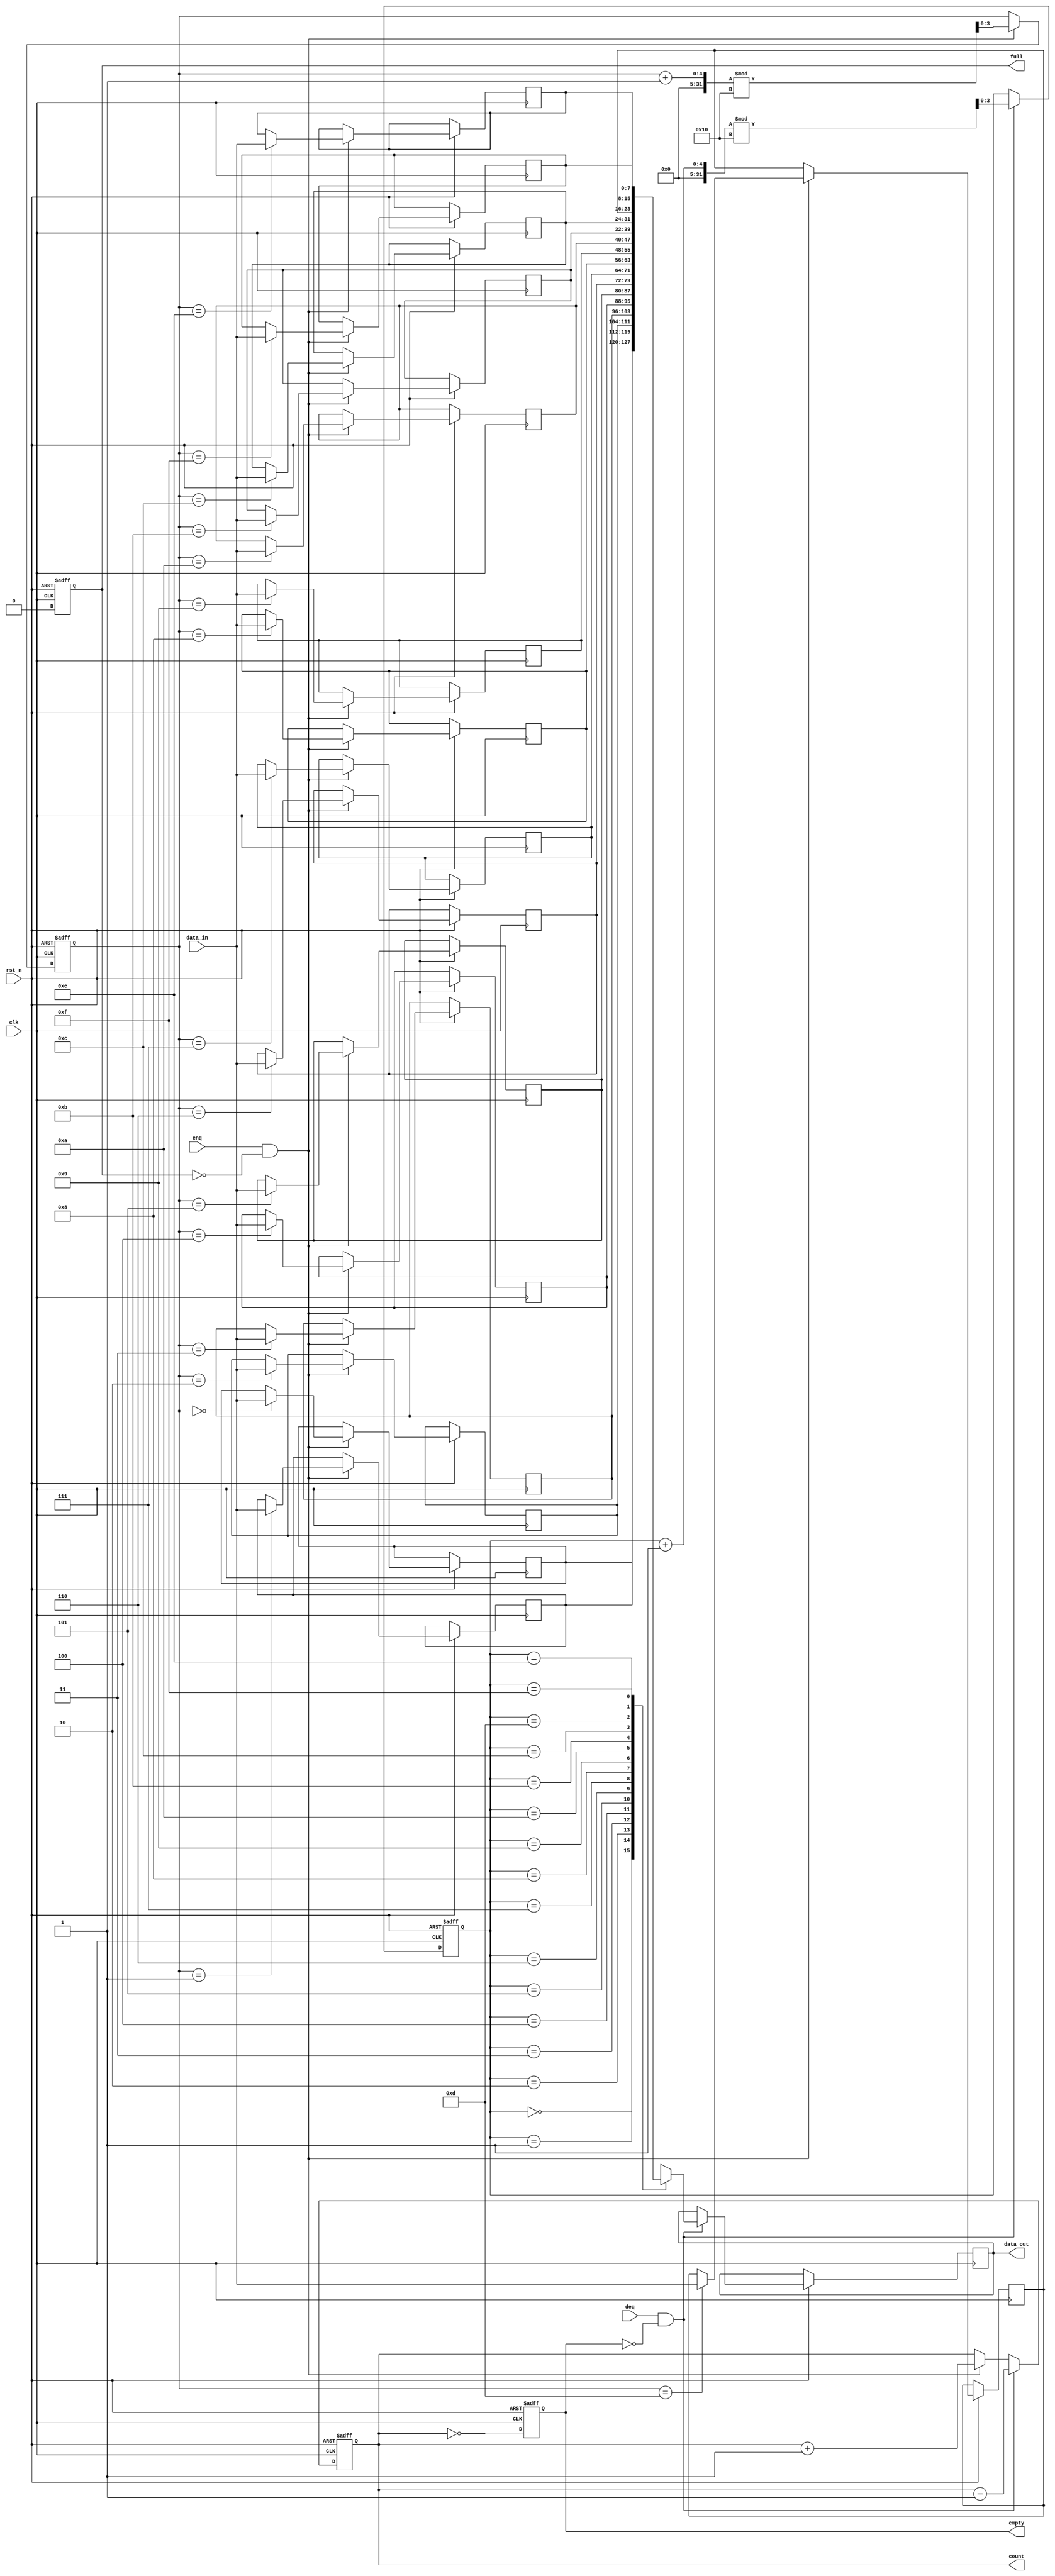
module parameterized_fifo #(
    parameter DATA_WIDTH = 8,     // Width of each data entry
    parameter FIFO_DEPTH = 16      // Total number of entries in the FIFO
) (
    input wire clk,                // Clock signal
    input wire rst_n,              // Asynchronous reset (active low)
    input wire [DATA_WIDTH-1:0] data_in, // Data input for enqueue operation
    input wire enq,                // Enqueue control signal
    input wire deq,                // Dequeue control signal
    output reg [DATA_WIDTH-1:0] data_out, // Data output for dequeue operation
    output reg full,               // FIFO full flag
    output reg empty,              // FIFO empty flag
    output reg [ADDR_WIDTH-1:0] count // Current number of items in the FIFO
);

    localparam ADDR_WIDTH = $clog2(FIFO_DEPTH); // Calculate address width from FIFO depth

    // Memory array to hold FIFO data
    reg [DATA_WIDTH-1:0] fifo_mem[FIFO_DEPTH-1:0];
    
    // Write and read pointers
    reg [ADDR_WIDTH-1:0] write_ptr;
    reg [ADDR_WIDTH-1:0] read_ptr;

    // Initialize FIFO on reset
    always @(posedge clk or negedge rst_n) begin
        if (!rst_n) begin
            write_ptr <= 0;
            read_ptr <= 0;
            count <= 0;
            full <= 0;
            empty <= 1;
        end else begin
            // Enqueue operation
            if (enq && !full) begin
                fifo_mem[write_ptr] <= data_in; // Store data in FIFO
                write_ptr <= (write_ptr + 1) % FIFO_DEPTH; // Wrap around
                count <= count + 1; // Increment count
            end
            
            // Dequeue operation
            if (deq && !empty) begin
                data_out <= fifo_mem[read_ptr]; // Read data from FIFO
                read_ptr <= (read_ptr + 1) % FIFO_DEPTH; // Wrap around
                count <= count - 1; // Decrement count
            end
            
            // Update full and empty flags
            full <= (count == FIFO_DEPTH);
            empty <= (count == 0);
        end
    end

endmodule